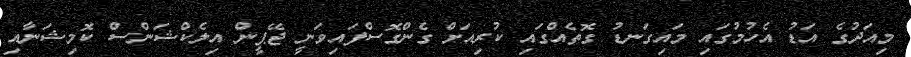
މިއަދުގެ އަޑު އެހުމުގައި މައިގަނޑު ގޮތެއްގައި ކުރިއަށް ގެންގޮސްފައިވަނީ ޖޭޕީން އިލެކްޝަންސް ކޮމިޝަނާއި